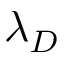
\lambda _ { D }